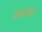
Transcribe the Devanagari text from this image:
काळकाई